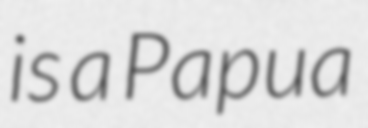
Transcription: is a Papua